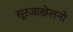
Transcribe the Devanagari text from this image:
सूरजाखेलनो